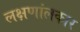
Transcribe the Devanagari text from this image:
लक्षणांलकार